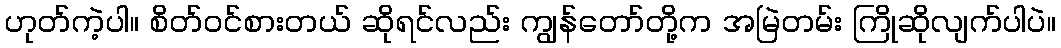
ဟုတ်ကဲ့ပါ။ စိတ်ဝင်စားတယ် ဆိုရင်လည်း ကျွန်တော်တို့က အမြဲတမ်း ကြိုဆိုလျက်ပါပဲ။